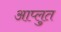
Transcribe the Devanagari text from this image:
आप्लुत